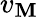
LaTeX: v_{\mathbf{M}}